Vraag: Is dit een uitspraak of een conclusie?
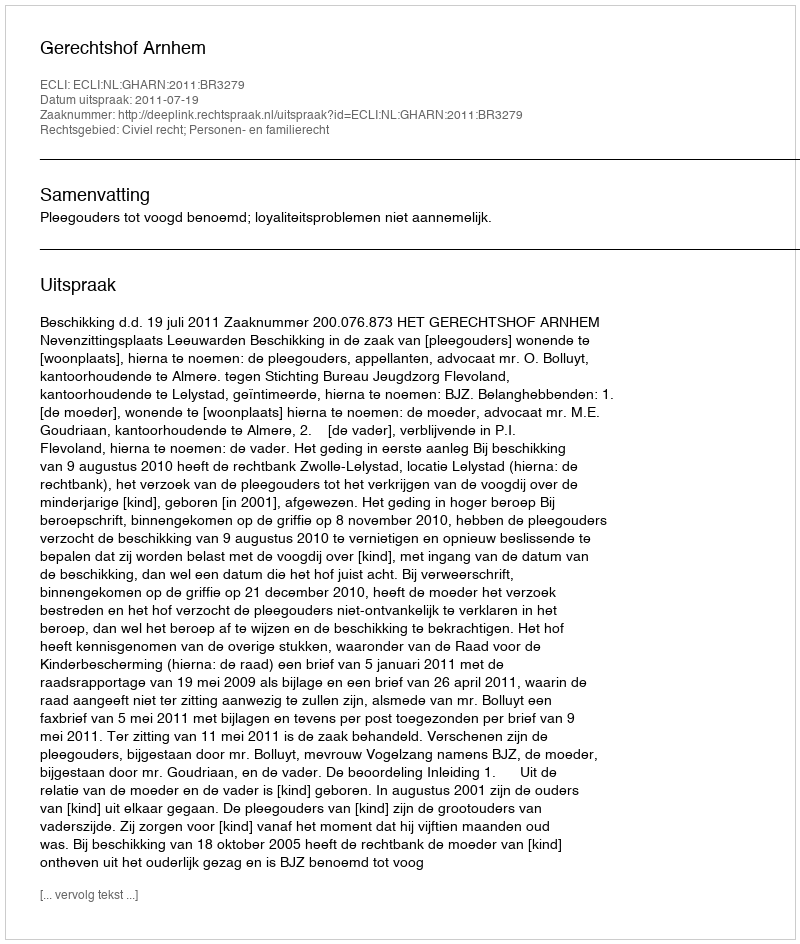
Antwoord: Uitspraak